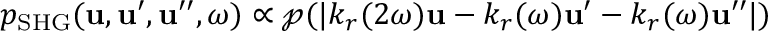
p _ { \mathrm { S H G } } ( \boldsymbol { \mathbf { u } } , \boldsymbol { \mathbf { u } } ^ { \prime } , \boldsymbol { \mathbf { u } } ^ { \prime \prime } , \omega ) \propto \mathcal { p } ( | k _ { r } ( 2 \omega ) \boldsymbol { \mathbf { u } } - k _ { r } ( \omega ) \boldsymbol { \mathbf { u } } ^ { \prime } - k _ { r } ( \omega ) \boldsymbol { \mathbf { u } } ^ { \prime \prime } | )